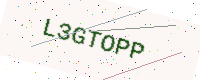
Text: L3GTOPP